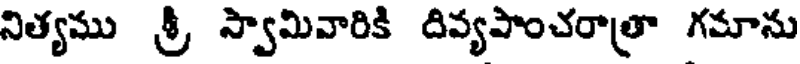
నిత్యము శ్రీ స్వామివారికి దివ్యపాంచరాత్రా గమాను